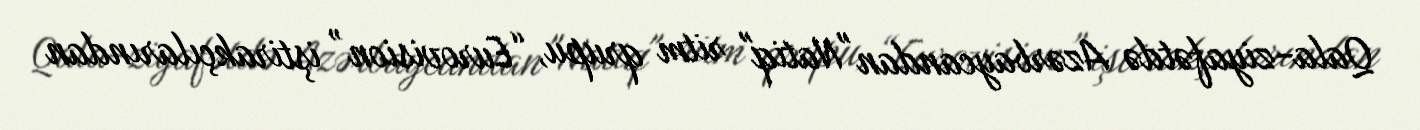
Qala-ziyafətdə Azərbaycandan "Natiq" ritm qrupu, “Eurovision” iştirakçılarından